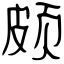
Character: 颇